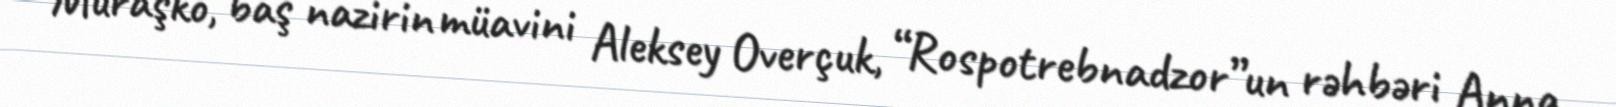
Muraşko, baş nazirin müavini Aleksey Overçuk, “Rospotrebnadzor”un rəhbəri Anna